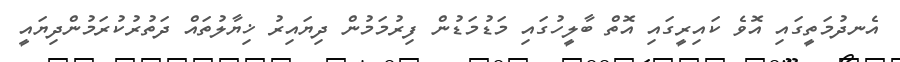
އެނދުމަތީގައި އޮވެ ކައިރީގައި އޮތް ބާލީހުގައި މަޑުމަޑުން ފިރުމަމުން ދިޔައިރު ޚިޔާލުތައް ދަތުރުކުރަމުންދިޔައީ